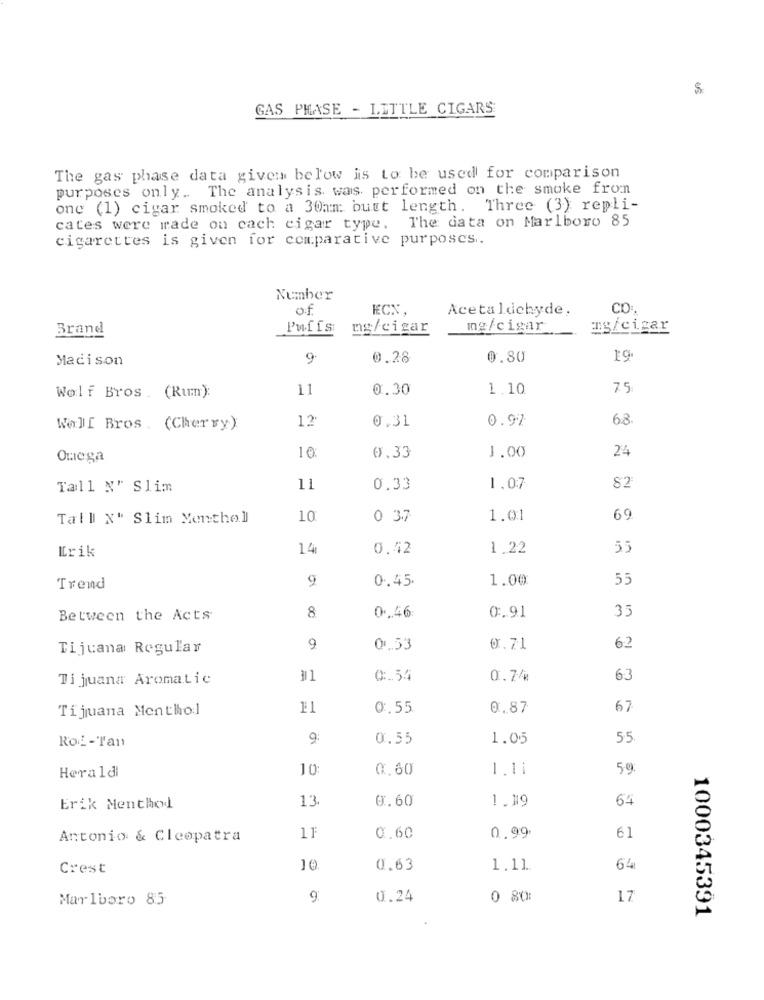
us
GAS PHASE - LITTLE CIGARS
The gas phase data given below is to be used for comparison
purposes only. The analysis was performed on the smoke fron
one (1) cigar smoked to a 30am butt length. Three (3) repli-
cates were made on cach cigar type. The data on Marlboro 85
cigarettes is given for comparative purposes ..
Number
of
ECX,
Acetaldehyde,
CO.
Brand
Puffs
mg/cigar
mg/cigar
mg/cigar
Madison
9
0.28
0.80
19
11
0.30
1.10
75
Wolf Bros. (Rum):
12
0.31
0.97
68
Wolf Bros. (Cherry)
24
Omega
10
6.33
1.00
Tall N' Slim
11
0.33
1.07
82
Tall N" Slim Monthel
10
0 37
1.01
69
Erik
14
0.42
1.22
55
9
0,45
1.00
55
Trend
35
Between the Acts
8
0.46
0.91
Tijuana Regular
9
0.53
0.71
6.2
Tijuana Aromatic
0.54
0.74
63
Tijuana Menthol
0: 55
0.87
67
9:
0.55
1.05
55
Rot-Tan
10
0.60
1.11
59
Heraldi
13.
@.60
1.19
64
Erik Menthol
Antonio & Cleopatra
11
0.60
0.99
61
Crest
0.63
1.11
64
Marlboro 85
0.24
0 80:
17
1000345391